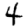
Digit: 4